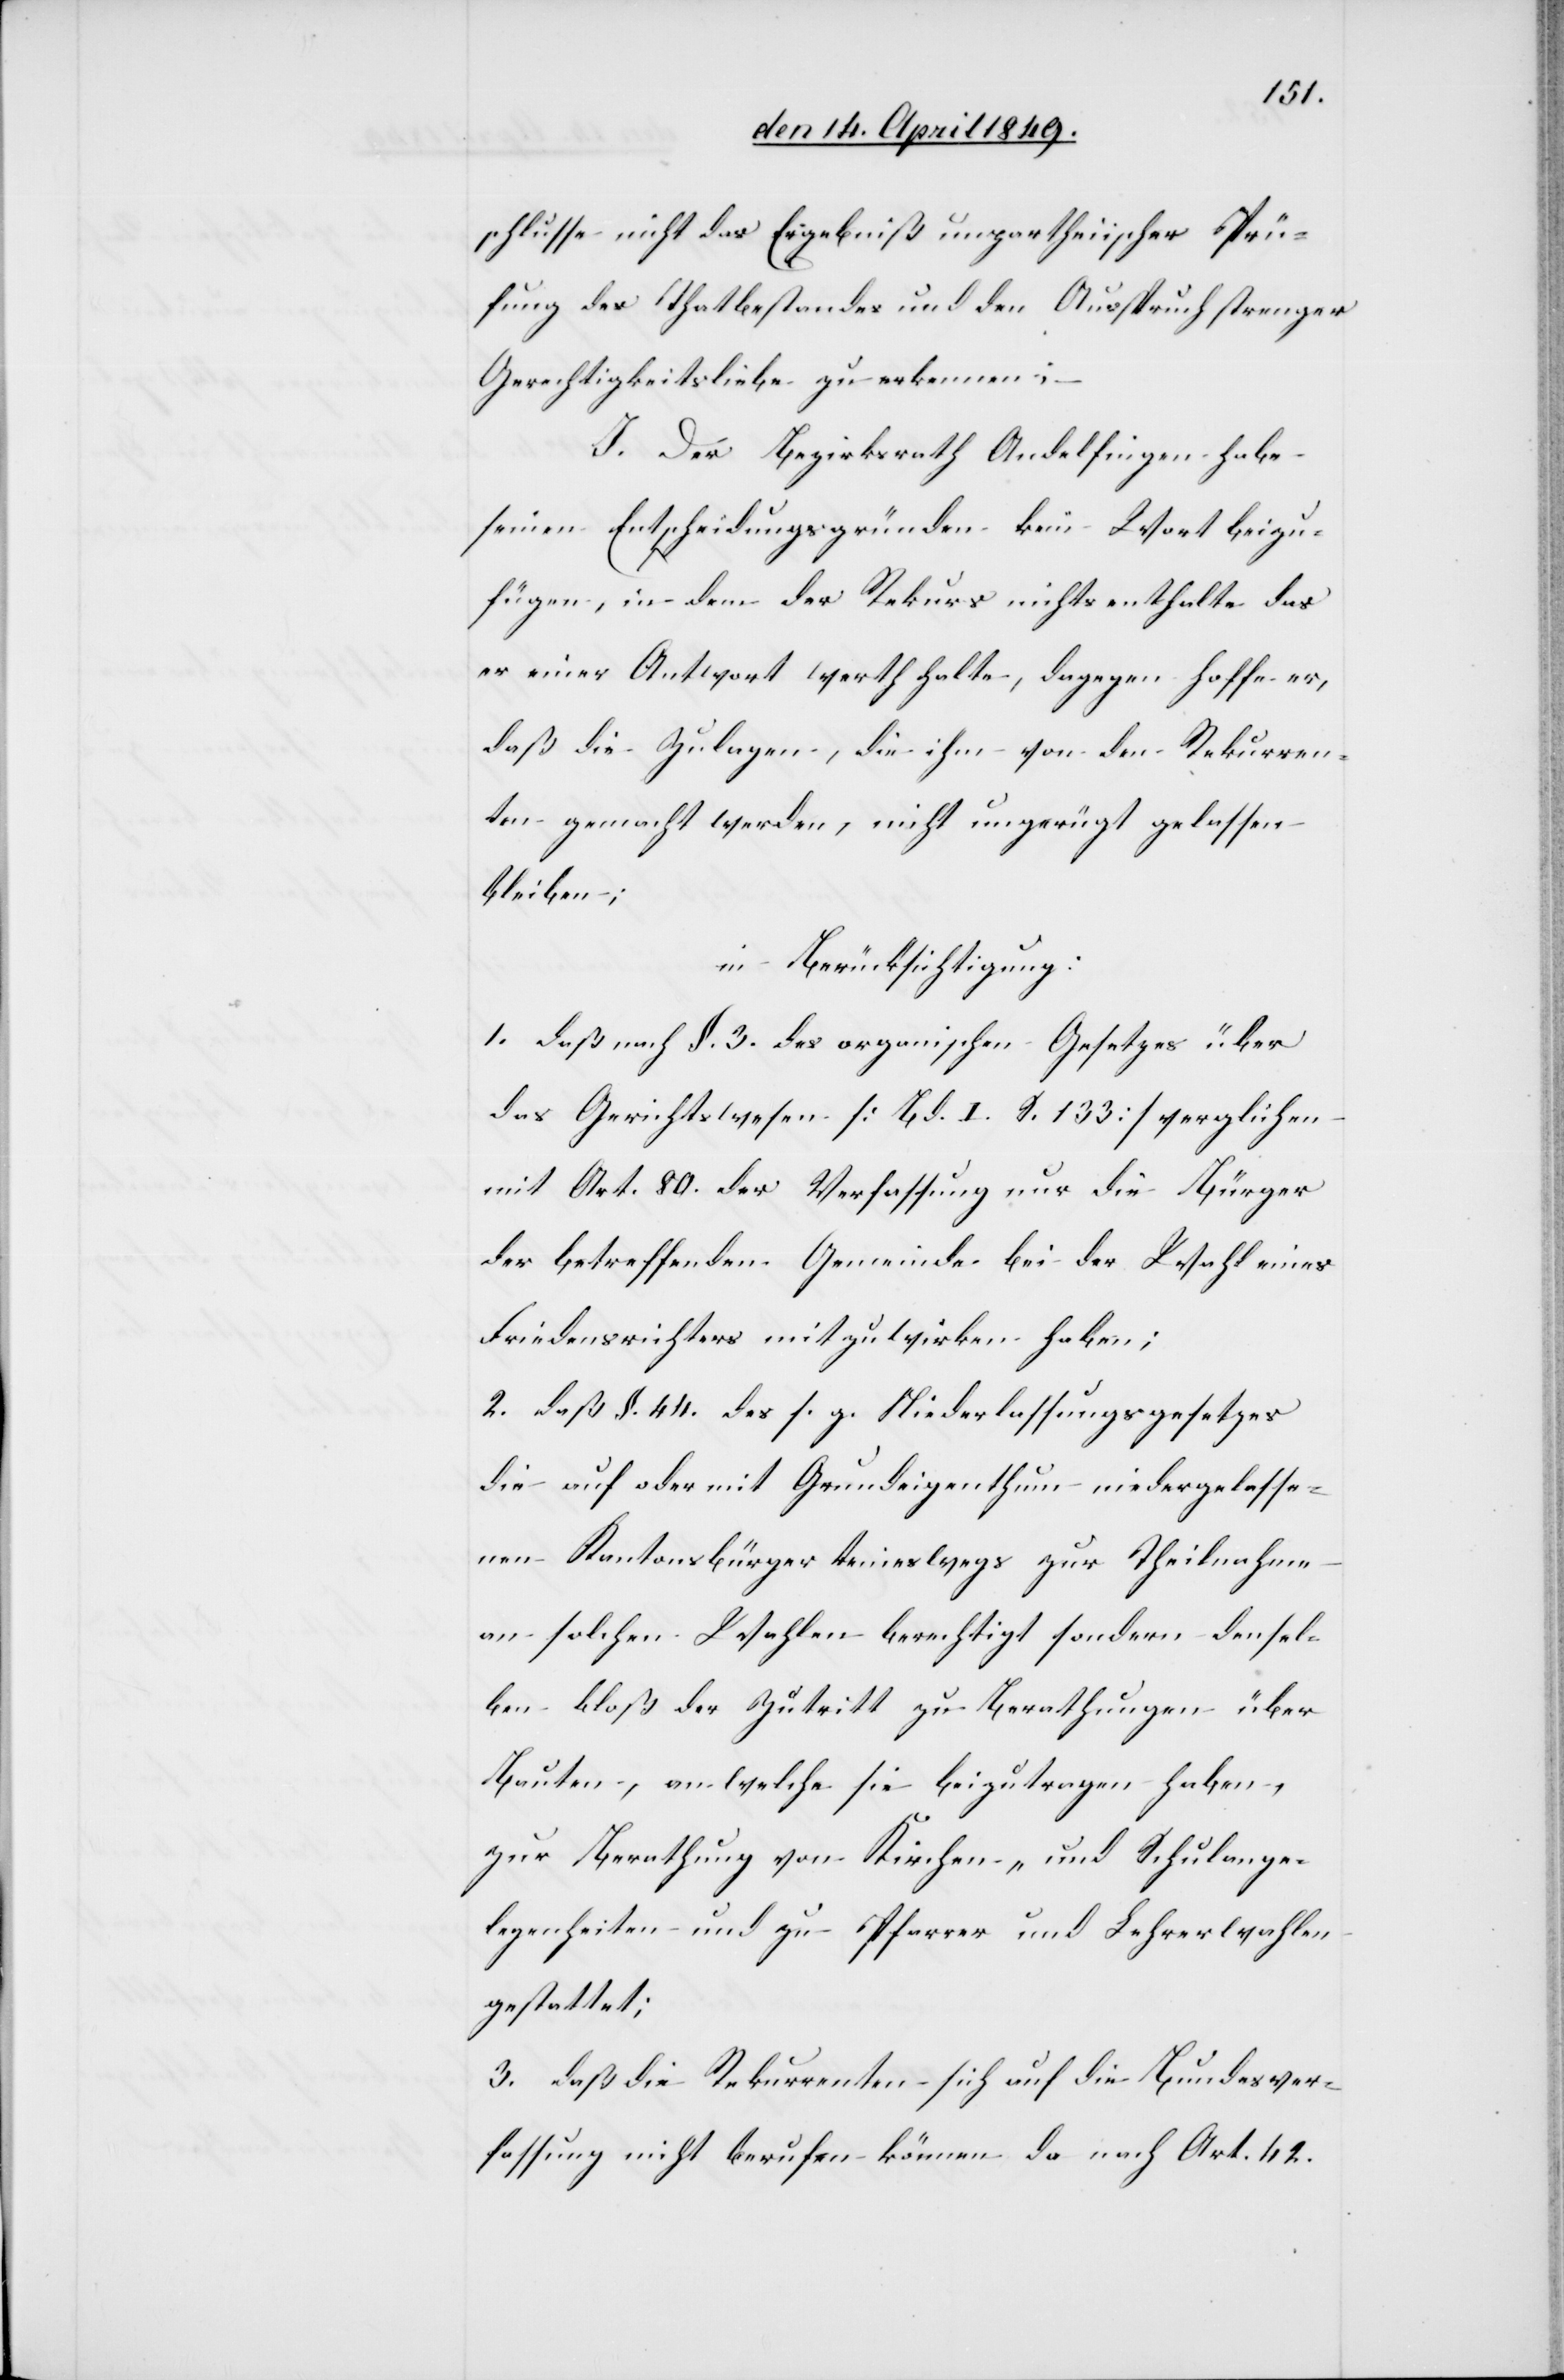
schlusse nicht das Ergebniß unpartheiischer Prü¬
fung des Thatbestandes und den Ausspruch strenger
Gerechtigkeitsliebe zu erkennen;
J. Der Bezirksrath Andelfingen habe
seinen Entscheidungsgründen kein Wort beizu¬
fügen, in dem der Rekurs nichts enthalte das
er einer Antwort werth halte, dagegen hoffe er,
daß die Zulagen, die ihm von den Rekurren¬
ten gemacht werden, nicht ungerügt gelassen
bleiben;
in Berücksichtigung:
1. Daß nach §. 3. des organischen Gesetzes über
das Gerichtswesen [Bd. I. S. 133] verglichen
mit Art. 80. der Verfassung nur die Bürger
der betreffenden Gemeinde bei der Wahl eines
Friedensrichters mitzuwirken haben;
2. daß §. 44. des s. g. Niederlassungsgesetzes
die auf oder mit Grundeigenthum niedergelasse¬
nen Kantonsbürger keineswegs zur Theilnahme
an solchen Wahlen berechtigt sondern densel¬
ben bloß der Zutritt zu Berathungen über
Bauten, an welche sie beizutragen haben,
zur Berathung von Kirchen- und Schulge¬
legenheiten und zu Pfarrer und Lehrerwahlen
gestattet;
3. daß die Rekurrenten sich auf die Bundesver¬
fassung nicht berufen können da nach Art. 42.